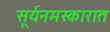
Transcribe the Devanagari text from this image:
सूर्यनमस्कारात